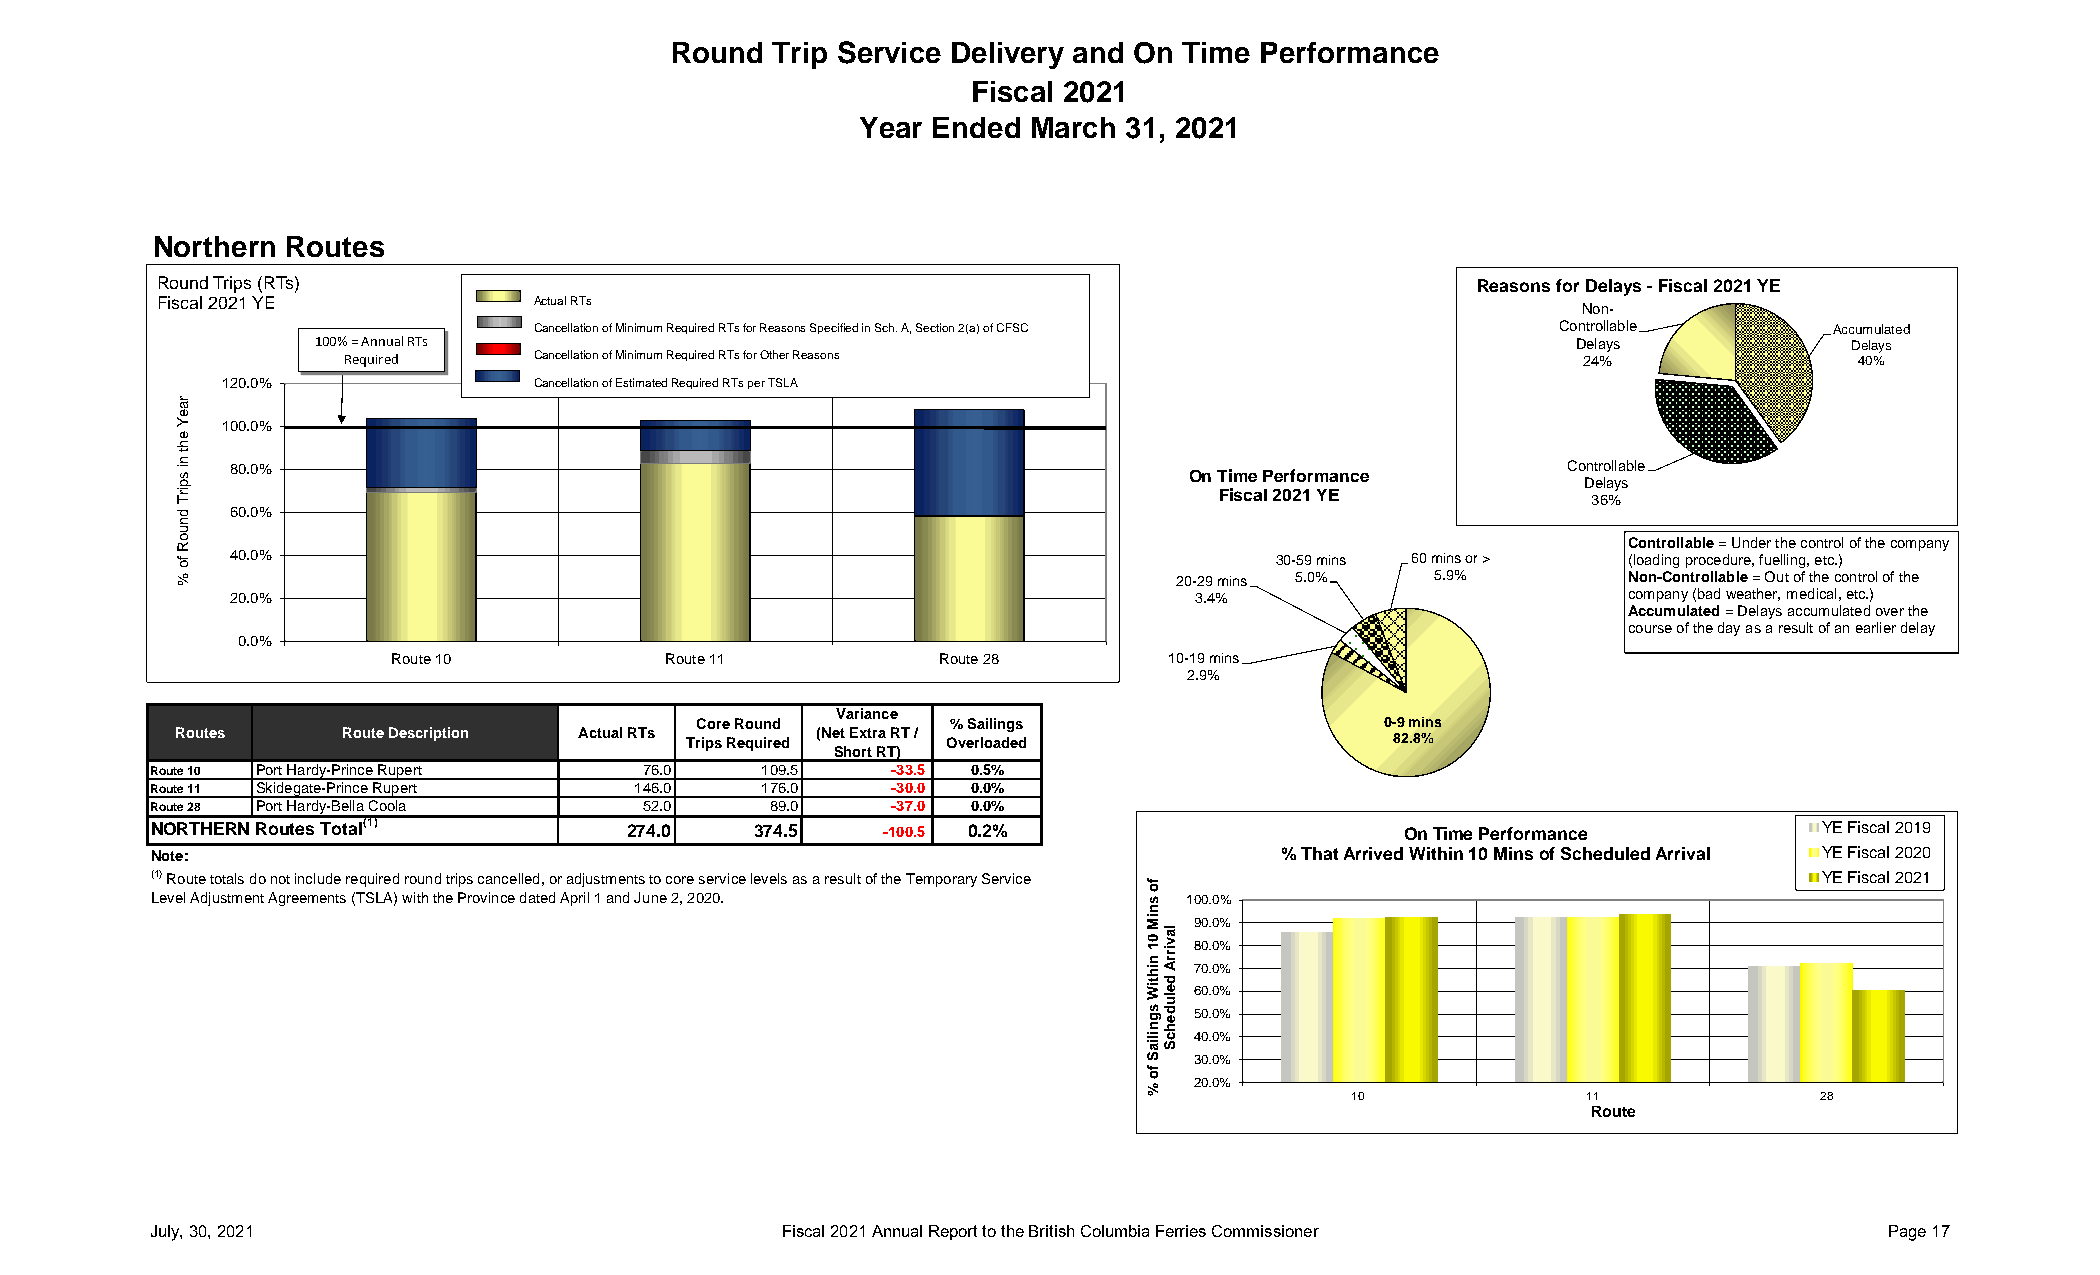
Round  Trip Service Delivery and On Time Performance
 Fiscal 2021
 Year Ended March 31, 2021
 Northern Routes
 Round Trips (RTs)                                                                      Reasons for Delays -Fiscal 2021 YE
 Fiscal 2021 YE           Actual RTs
 Non-
 Cancellation of Minimum Required RTs for Reasons Specified in Sch. A, Section 2(a) of CFSC Controllable Accumulated
 100% = Annual RTs                                                                   Delays            Delays
 Required     Cancellation of Minimum Required RTs for Other Reasons               24%                40%
 120.0%               Cancellation of Estimated Required RTs per TSLA
 100.0%
 80.0%                                                                                   Controllable
 On Time Performance
 Delays
 Fiscal 2021 YE           36%
 60.0%
 Controllable= Under the control of the company
 40.0%                                                                30-59 mins 60 mins or > (loading procedure, fuelling, etc.)
 20-29 mins 5.0%  5.9%        Non-Controllable= Out of the control of the
 20.0%                                                           3.4%                        company (bad weather, medical, etc.)
 Accumulated = Delays accumulated over the
 course of the day as a result of an earlier delay
 0.0%
 Route 10          Route 11          Route 28       10-19 mins
 2.9%
 Variance
 Core Round       % Sailings                  0-9 mins
 Routes     Route Description Actual RTs Trips Required (Net Extra RT / Overloaded 82.8%
 Short RT)
 Route 10 Port Hardy-Prince Rupert 76.0  109.5    -33.5 0.5%
 Route 11 Skidegate-Prince Rupert 146.0  176.0    -30.0 0.0%
 Route 28 Port Hardy-Bella Coola 52.0     89.0    -37.0 0.0%
 NORTHERN Routes Total(1)       274.0    374.5   -100.5 0.2%                        On Time Performance        YE Fiscal 2019
 Note:                                                                     % That Arrived Within 10 Mins of Scheduled Arrival YE Fiscal 2020
 (1) Route totals do not include required round trips cancelled, or adjustments to core service levels as a result of the Temporary Service YE Fiscal 2021
 Level Adjustment Agreements (TSLA) with the Province dated April 1 and June 2, 2020. 100.0%
 90.0%
 80.0%
 70.0%
 60.0%
 50.0%
 40.0%
 30.0%
 20.0%
 10              11             28
 Route
 July, 30, 2021                           Fiscal 2021 Annual Report to the British Columbia Ferries Commissioner    Page 17
 raeY
 eht
 ni
 spirT
 dnuoR
 fo
 %
 fo
 sniM
 01
 nihtiW
 sgniliaS
 fo
 %
 lavirrA
 deludehcS